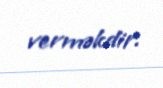
verməkdir.